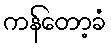
ကန်တော့ခံ